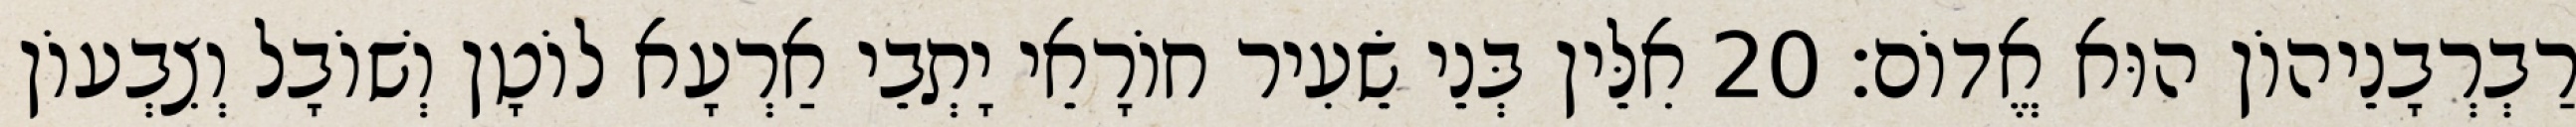
רַבְרְבָנֵיהוֹן הוּא אֱדוֹם׃ 20 אִלֵּין בְּנֵי שֵׂעִיר חוֹרָאֵי יָתְבֵי אַרְעָא לוֹטָן וְשׁוֹבָל וְצִבְעוֹן